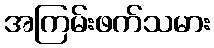
အကြမ်းဖက်သမား